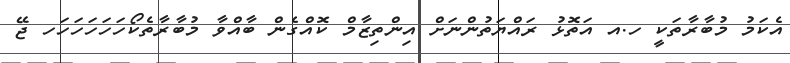
އެކަމު މުބާރާތަކީ ހ.އ އަތޮޅު ރައްޔަތުންނަށް އިންތިޒާމް ކޮއްގެން ބާއްވާ މުބާރާތެކޯހަހަހަހަހަހ ޖޭ